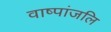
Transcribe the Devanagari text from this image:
वाष्पांजलि